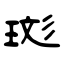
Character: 珳